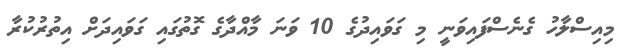
މިއިސްލާހު ގެނެސްފައިވަނީ މި ގަވައިދުގެ 10 ވަަނަ މާއްދާގެ ގޮތުގައި ގަވައިދަށް އިތުރުކުރާ